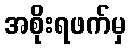
အစိုးရဖက်မှ